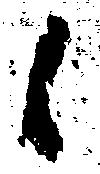
候